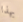
بهذا